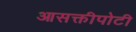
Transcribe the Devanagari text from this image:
आसक्तीपोटी